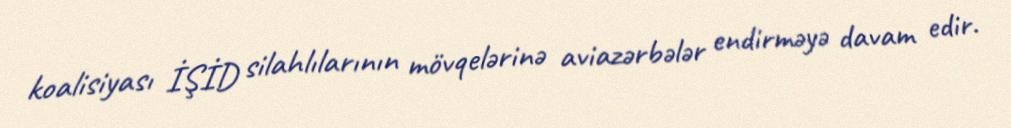
koalisiyası İŞİD silahlılarının mövqelərinə aviazərbələr endirməyə davam edir.